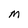
Character: M